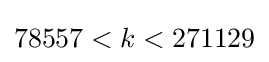
78557<k<271129